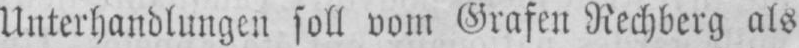
Unterhandlungen soll vom Grafen Rechberg als